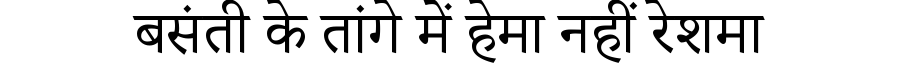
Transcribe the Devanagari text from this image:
बसंती के तांगे में हेमा नहीं रेशमा